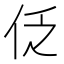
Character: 𠇖